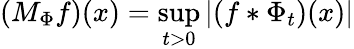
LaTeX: (M_{\Phi}f)(x)=\operatorname*{sup}_{t>0}|(f*\Phi_{t})(x)|